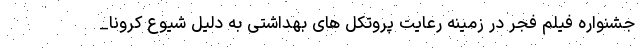
جشنواره فیلم فجر در زمینه رعایت پروتکل های بهداشتی به دلیل شیوع کرونا_